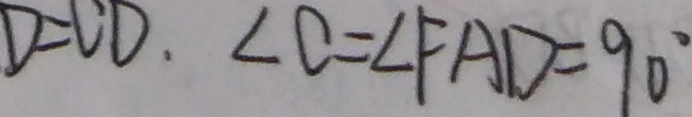
D = C D . \angle C = \angle F A D = 9 0 ^ { \circ }